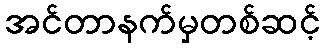
အင်တာနက်မှတစ်ဆင့်